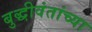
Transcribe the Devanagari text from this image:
बुद्धीवंतांच्या